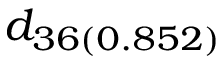
d _ { 3 6 ( 0 . 8 5 2 ) }